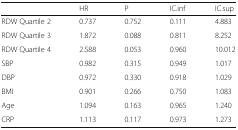
<table><thead><tr><td></td><td><b>HR</b></td><td><b>P</b></td><td><b>IC.inf</b></td><td><b>IC.sup</b></td></tr></thead><tbody><tr><td>RDW Quartile 2</td><td>0.737</td><td>0.752</td><td>0.111</td><td>4.883</td></tr><tr><td>RDW Quartile 3</td><td>1.872</td><td>0.088</td><td>0.811</td><td>8.252</td></tr><tr><td>RDW Quartile 4</td><td>2.588</td><td>0.053</td><td>0.960</td><td>10.012</td></tr><tr><td>SBP</td><td>0.982</td><td>0.315</td><td>0.949</td><td>1.017</td></tr><tr><td>DBP</td><td>0.972</td><td>0.330</td><td>0.918</td><td>1.029</td></tr><tr><td>BMI</td><td>0.901</td><td>0.266</td><td>0.750</td><td>1.083</td></tr><tr><td>Age</td><td>1.094</td><td>0.163</td><td>0.965</td><td>1.240</td></tr><tr><td>CRP</td><td>1.113</td><td>0.117</td><td>0.973</td><td>1.273</td></tr></tbody></table>